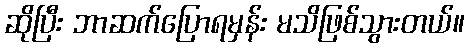
ဆိုပြီး ဘာဆက်ပြောရမှန်း မသိဖြစ်သွားတယ်။